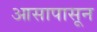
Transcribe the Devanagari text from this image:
आसापासून